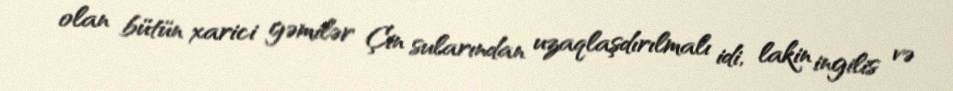
olan bütün xarici gəmilər Çin sularından uzaqlaşdırılmalı idi, lakin ingilis və